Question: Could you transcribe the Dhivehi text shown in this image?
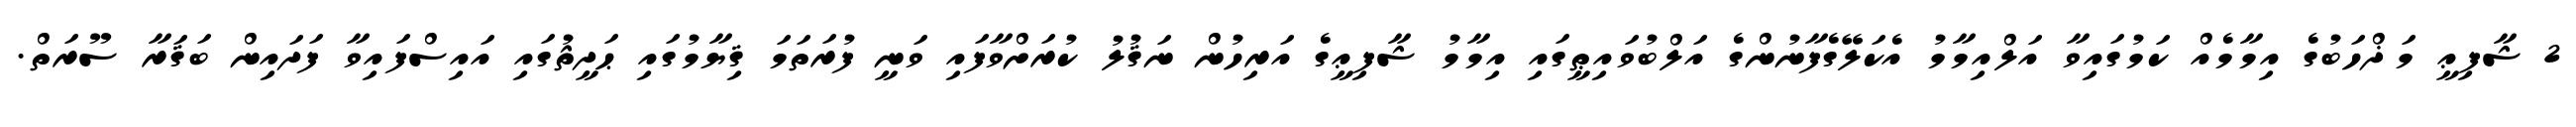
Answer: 2 ޝާފިޢީ މަޛްހަބުގެ އިމާމެއް ކަމުގައިވާ އަލްއިމާމު އެކަލޭގެފާނުންގެ އަލްބުވައިޠީގައި އިމާމު ޝާފިޢީގެ އަރިހުން ނަޤުލު ކުރަށްވާފައި ވަނީ ފުރަތަމަ ޤިޔާމުގައި ޙަދީޘުގައި އައިސްފައިވާ ފަދައިން ބަޤަރާ ސޫރަތް.